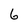
Character: 6